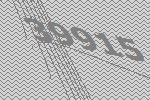
39915